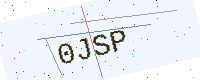
Text: 0JSP